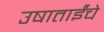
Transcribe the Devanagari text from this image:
उषाताईंचे